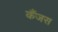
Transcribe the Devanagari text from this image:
कैंजस